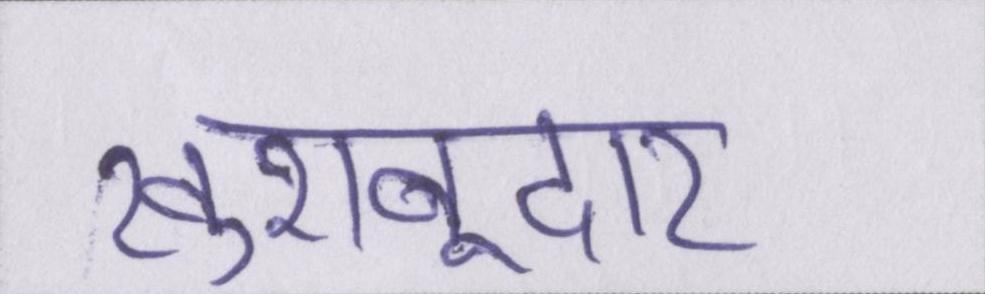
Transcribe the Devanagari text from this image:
खुशबूदार